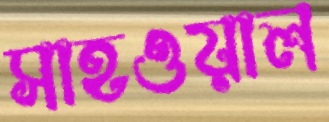
সাহওয়াল